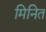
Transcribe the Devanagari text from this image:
मिनित